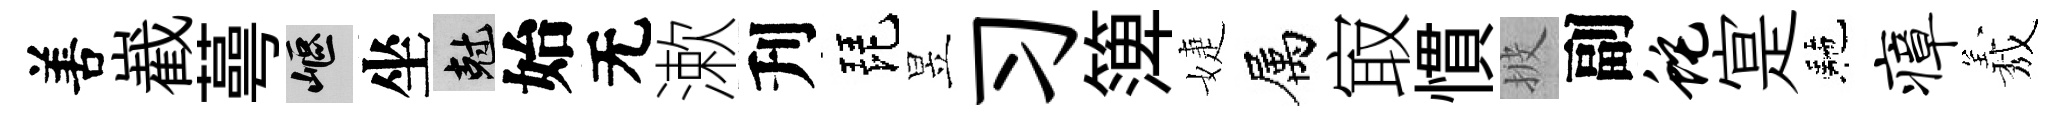
𠵊嶻蕚嶇坐剋始无漱刋琵昱习𥱼婕属㝡慣披副蛇寔駰瘴𦏁